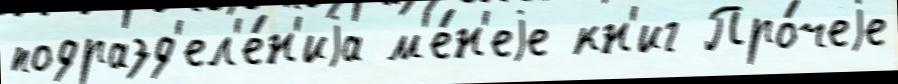
подразд'ел'е́н'иjа м'е́н'еjе кн'иг Про́чеjе